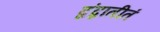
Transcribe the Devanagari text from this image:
द्वंद्वातीतं